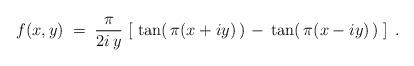
LaTeX: \begin{align*}f (x,y) \;=\; \frac{\pi}{2 i \, y} \,\left[ \; \tan (\,\pi (x + i y )\, )\,-\, \tan (\,\pi (x - i y )\, ) \; \right] \;.\end{align*}